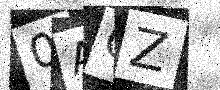
Text: 0AGZ